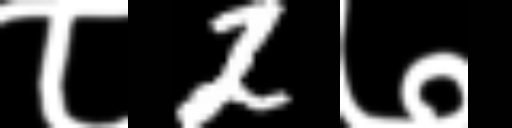
Text: ८2७